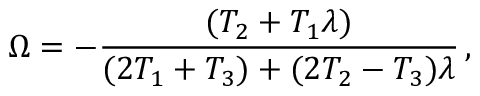
\Omega = - { \frac { ( T _ { 2 } + T _ { 1 } \lambda ) } { ( 2 T _ { 1 } + T _ { 3 } ) + ( 2 T _ { 2 } - T _ { 3 } ) \lambda } } \, ,